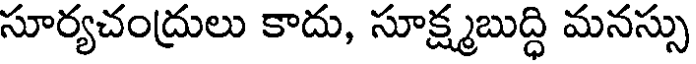
సూర్యచంద్రులు కాదు, సూక్ష్మబుద్ధి మనస్సు